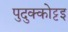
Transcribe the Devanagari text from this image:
पुदुक्कोट्टइ